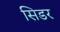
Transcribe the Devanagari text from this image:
सिडर